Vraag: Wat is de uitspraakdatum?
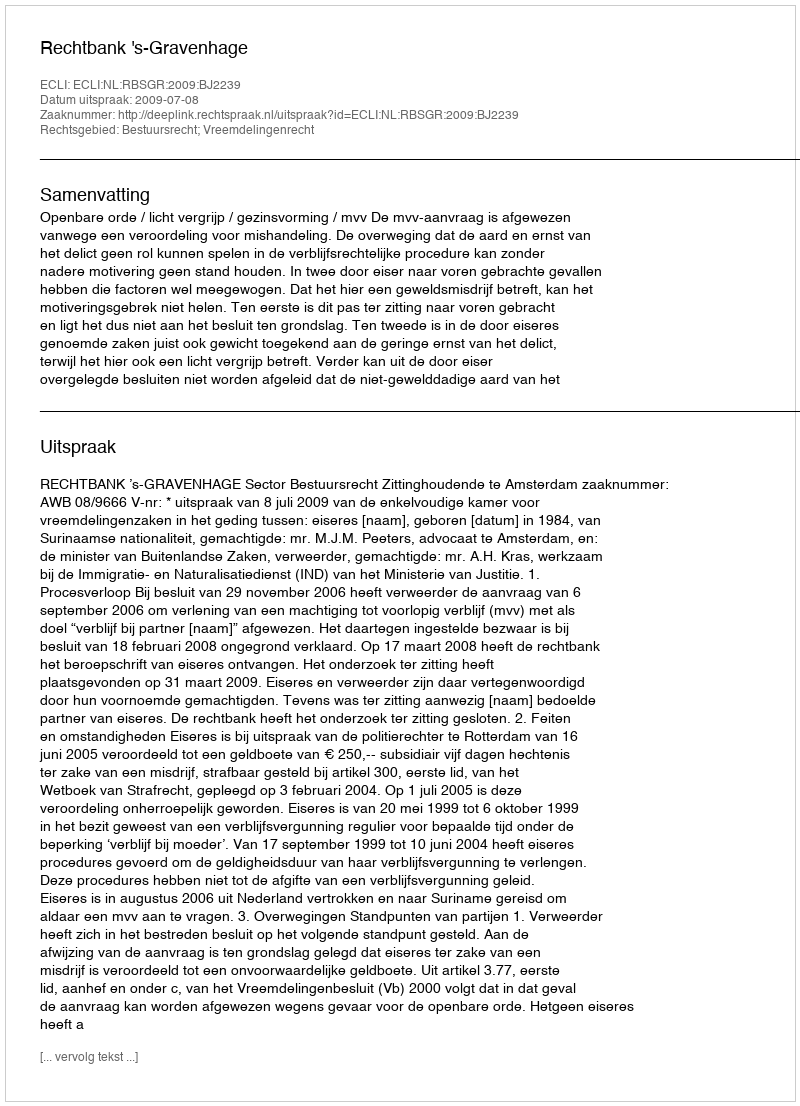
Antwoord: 2009-07-08